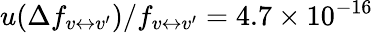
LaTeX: u(\Delta f_{v\leftrightarrow v^{\prime}})/f_{v\leftrightarrow v^{\prime}}=4.7\times 10^{-16}